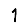
Digit: 1